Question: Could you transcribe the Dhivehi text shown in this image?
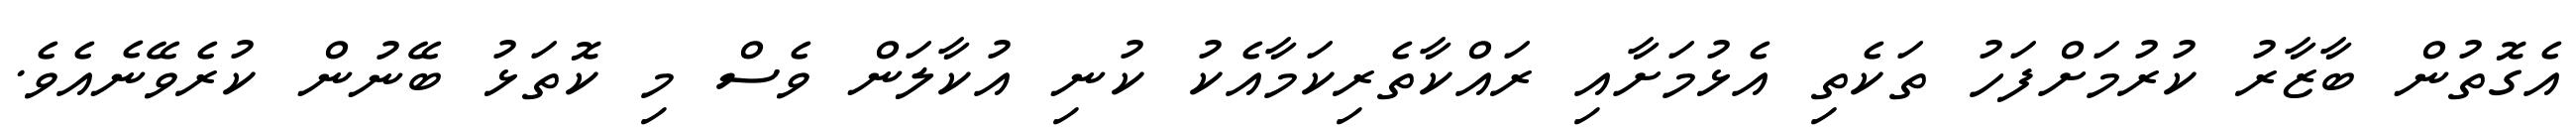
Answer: އެގޮތުން ބާޒާރު ކުރުމަށްފަހު ތަކެތި އެޅުމަށާއި ރައްކާތެރިކަމާއެކު ކުނި އުކާލަން ވެސް މި ކޮތަޅު ބޭނުން ކުރެވޭނެއެވެ.